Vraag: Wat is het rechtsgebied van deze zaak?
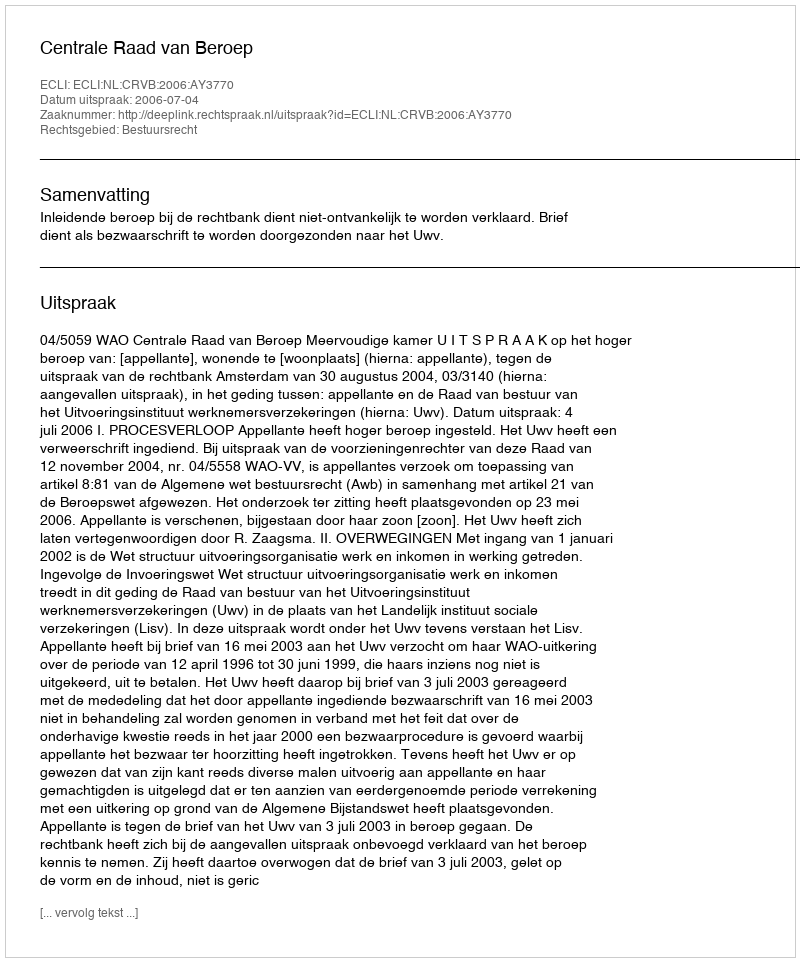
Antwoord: Bestuursrecht